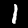
Digit: 1